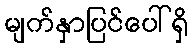
မျက်နှာပြင်ပေါ်ရှိ